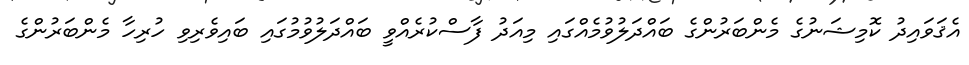
އެޤަވައިދު ކޮމިޝަނުގެ މެންބަރުންގެ ބައްދަލުވުމެއްގައި މިއަދު ފާސްކުރެއްވީ ބައްދަލުވުމުގައި ބައިވެރިވި ހުރިހާ މެންބަރުންގެ